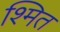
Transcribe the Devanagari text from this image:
श्मित